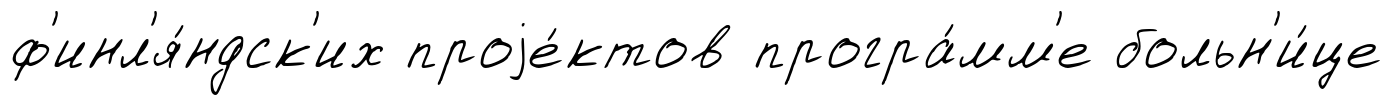
ф'инл'я́ндск'их проjе́ктов програ́мм'е больн'и́це